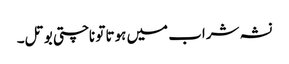
نشہ شراب میں ہوتا تو ناچتی بوتل۔